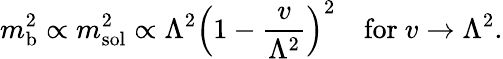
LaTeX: m_{\mathrm{b}}^{2}\propto m_{\mathrm{sol}}^{2}\propto\Lambda^{2}\Bigl(1-{\frac{v}{\Lambda^{2}}}\Bigr)^{2}\quad\mathrm{for\ }v\rightarrow\Lambda^{2}.